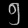
Digit: ၅